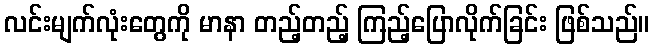
လင်းမျက်လုံးတွေကို မာနာ တည့်တည့် ကြည့်ပြောလိုက်ခြင်း ဖြစ်သည်။